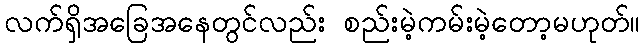
လက်ရှိအခြေအနေတွင်လည်း စည်းမဲ့ကမ်းမဲ့တော့မဟုတ်။